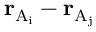
\mathbf { r } _ { \mathrm { { A } _ { i } } } - \mathbf { r } _ { \mathrm { { A } _ { j } } }